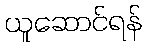
ယူဆောင်ရန်